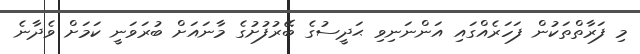
މި ފަރާތްތަކުން ފަހަރެއްގައި އަންނަނިވި ޙަދީސުގެ ބޭރުފުށުގެ މާނައަށް ބުރަވަނީ ކަމަށް ވެދާނެ